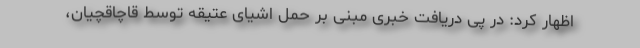
اظهار کرد: در پی دریافت خبری مبنی بر حمل اشیای عتیقه توسط قاچاقچیان،